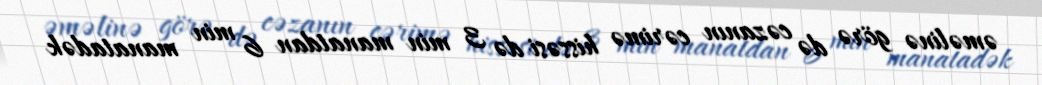
əməlinə görə də cəzanın cərimə hissəsi də 3 min manatdan 6 min manatadək